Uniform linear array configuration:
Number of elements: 8
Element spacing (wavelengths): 0.25
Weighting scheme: kaiser
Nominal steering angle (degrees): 30
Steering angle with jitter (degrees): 31.36
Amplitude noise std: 0.05
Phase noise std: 0.05

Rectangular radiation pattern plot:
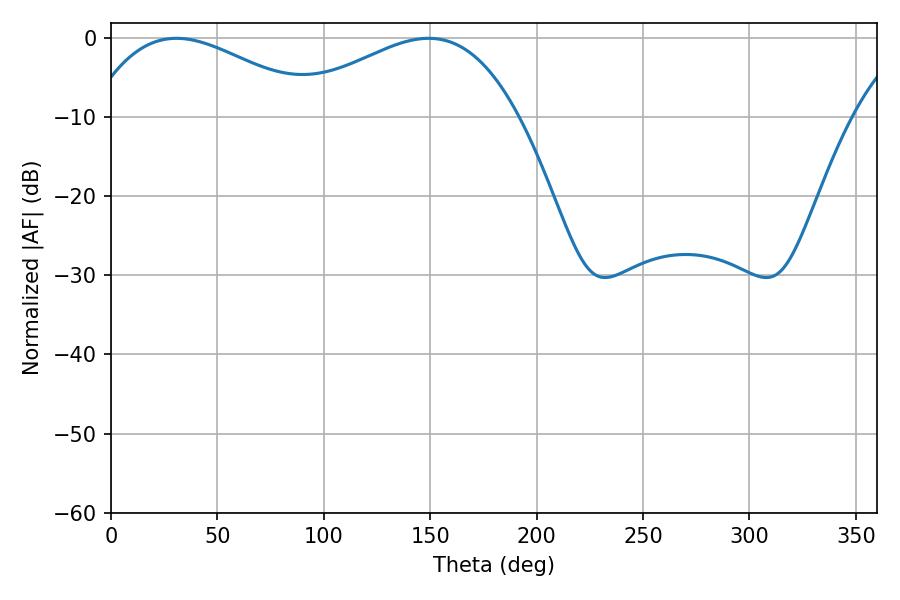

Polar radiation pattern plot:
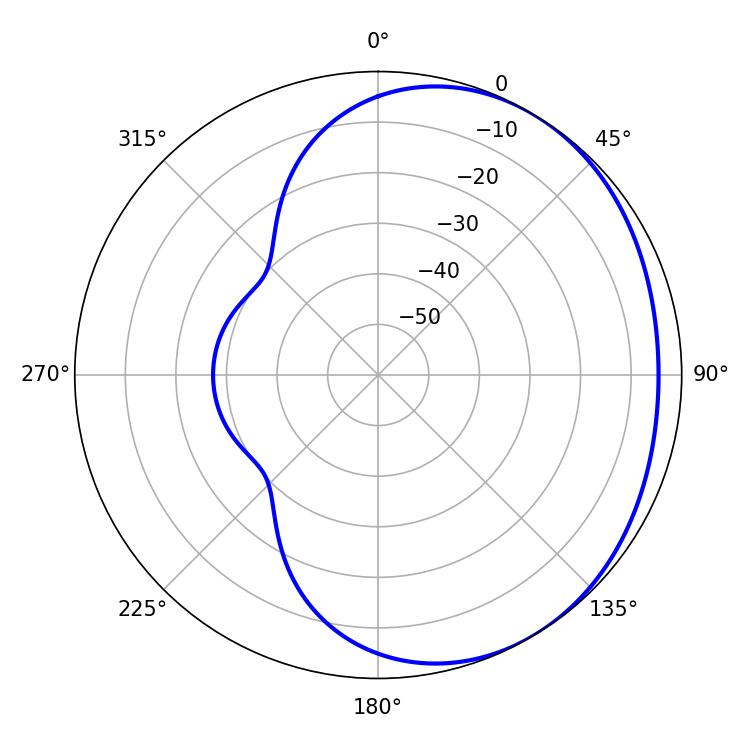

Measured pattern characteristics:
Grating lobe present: FALSE
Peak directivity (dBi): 2.126
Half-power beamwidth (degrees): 59.22
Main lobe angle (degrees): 30.78